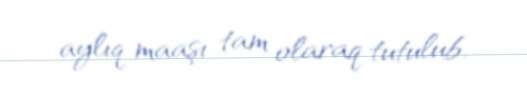
aylıq maaşı tam olaraq tutulub.